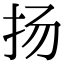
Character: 扬